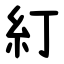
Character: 糽